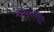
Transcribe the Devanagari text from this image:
विमलसूरि